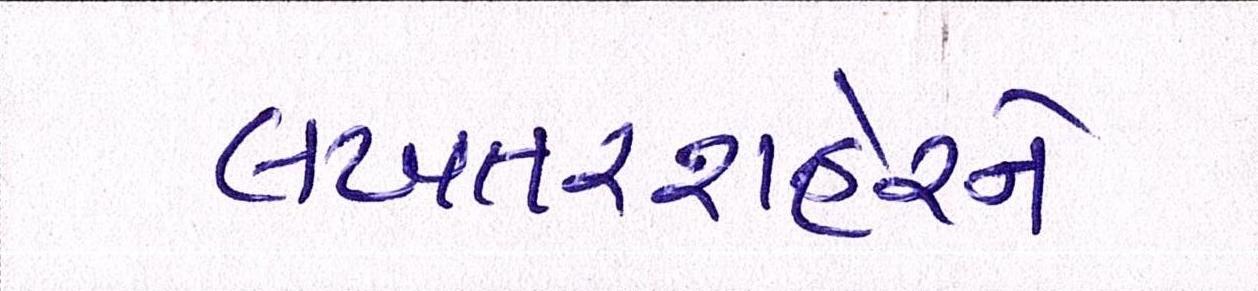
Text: લખતરશહેરને